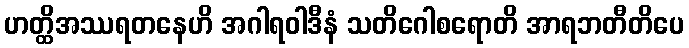
ဟတ္ထိအဿရတနေဟိ အဂါရဝါဒီနံ သတိဂေါစရောတိ အာရဘတီတိပေ